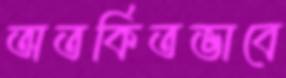
অতর্কিতভাবে